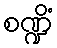
စဏ္ဍိံ